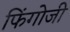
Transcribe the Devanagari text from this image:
फिंगोजी